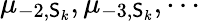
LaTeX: \mu_{-2,\mathsf{S}_{k}},\mu_{-3,\mathsf{S}_{k}},\cdots